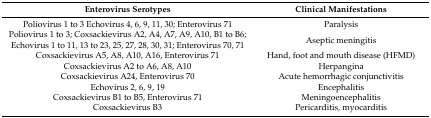
| Enterovirus Serotypes | Clinical Manifestations |
 | --- | --- |
 | Poliovirus 1 to 3 Echovirus 4, 6, 9, 11, 30; Enterovirus 71 | Paralysis |
 | Poliovirus 1 to 3; Coxsackievirus A2, A4, A7, A9, A10, B1 to B6; Echovirus 1 to 11, 13 to 23, 25, 27, 28, 30, 31; Enterovirus 70, 71 | Aseptic meningitis |
 | Coxsackievirus A5, A8, A10, A16, Enterovirus 71 | Hand, foot and mouth disease (HFMD) |
 | Coxsackievirus A2 to A6, A8, A10 | Herpangina |
 | Coxsackievirus A24, Enterovirus 70 | Acute hemorrhagic conjunctivitis |
 | Echovirus 2, 6, 9, 19 | Encephalitis |
 | Coxsackievirus B1 to B5, Enterovirus 71 | Meningoencephalitis |
 | Coxsackievirus B3 | Pericarditis, myocarditis |